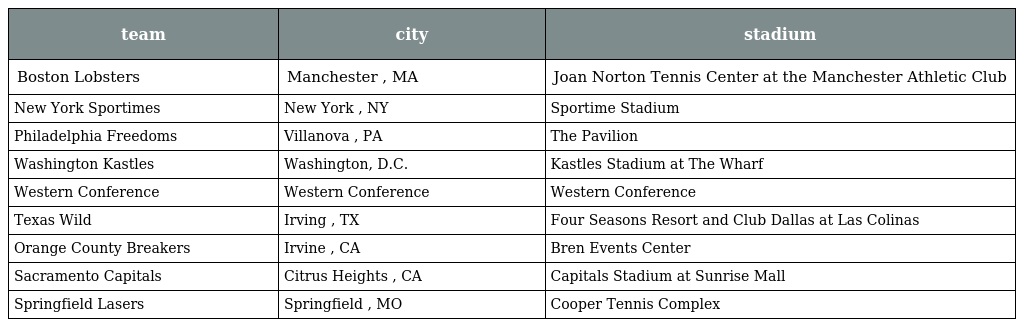
| team | city | stadium |
 | --- | --- | --- |
 | Boston Lobsters | Manchester , MA | Joan Norton Tennis Center at the Manchester Athletic Club |
 | New York Sportimes | New York , NY | Sportime Stadium |
 | Philadelphia Freedoms | Villanova , PA | The Pavilion |
 | Washington Kastles | Washington, D.C. | Kastles Stadium at The Wharf |
 | Western Conference | Western Conference | Western Conference |
 | Texas Wild | Irving , TX | Four Seasons Resort and Club Dallas at Las Colinas |
 | Orange County Breakers | Irvine , CA | Bren Events Center |
 | Sacramento Capitals | Citrus Heights , CA | Capitals Stadium at Sunrise Mall |
 | Springfield Lasers | Springfield , MO | Cooper Tennis Complex |